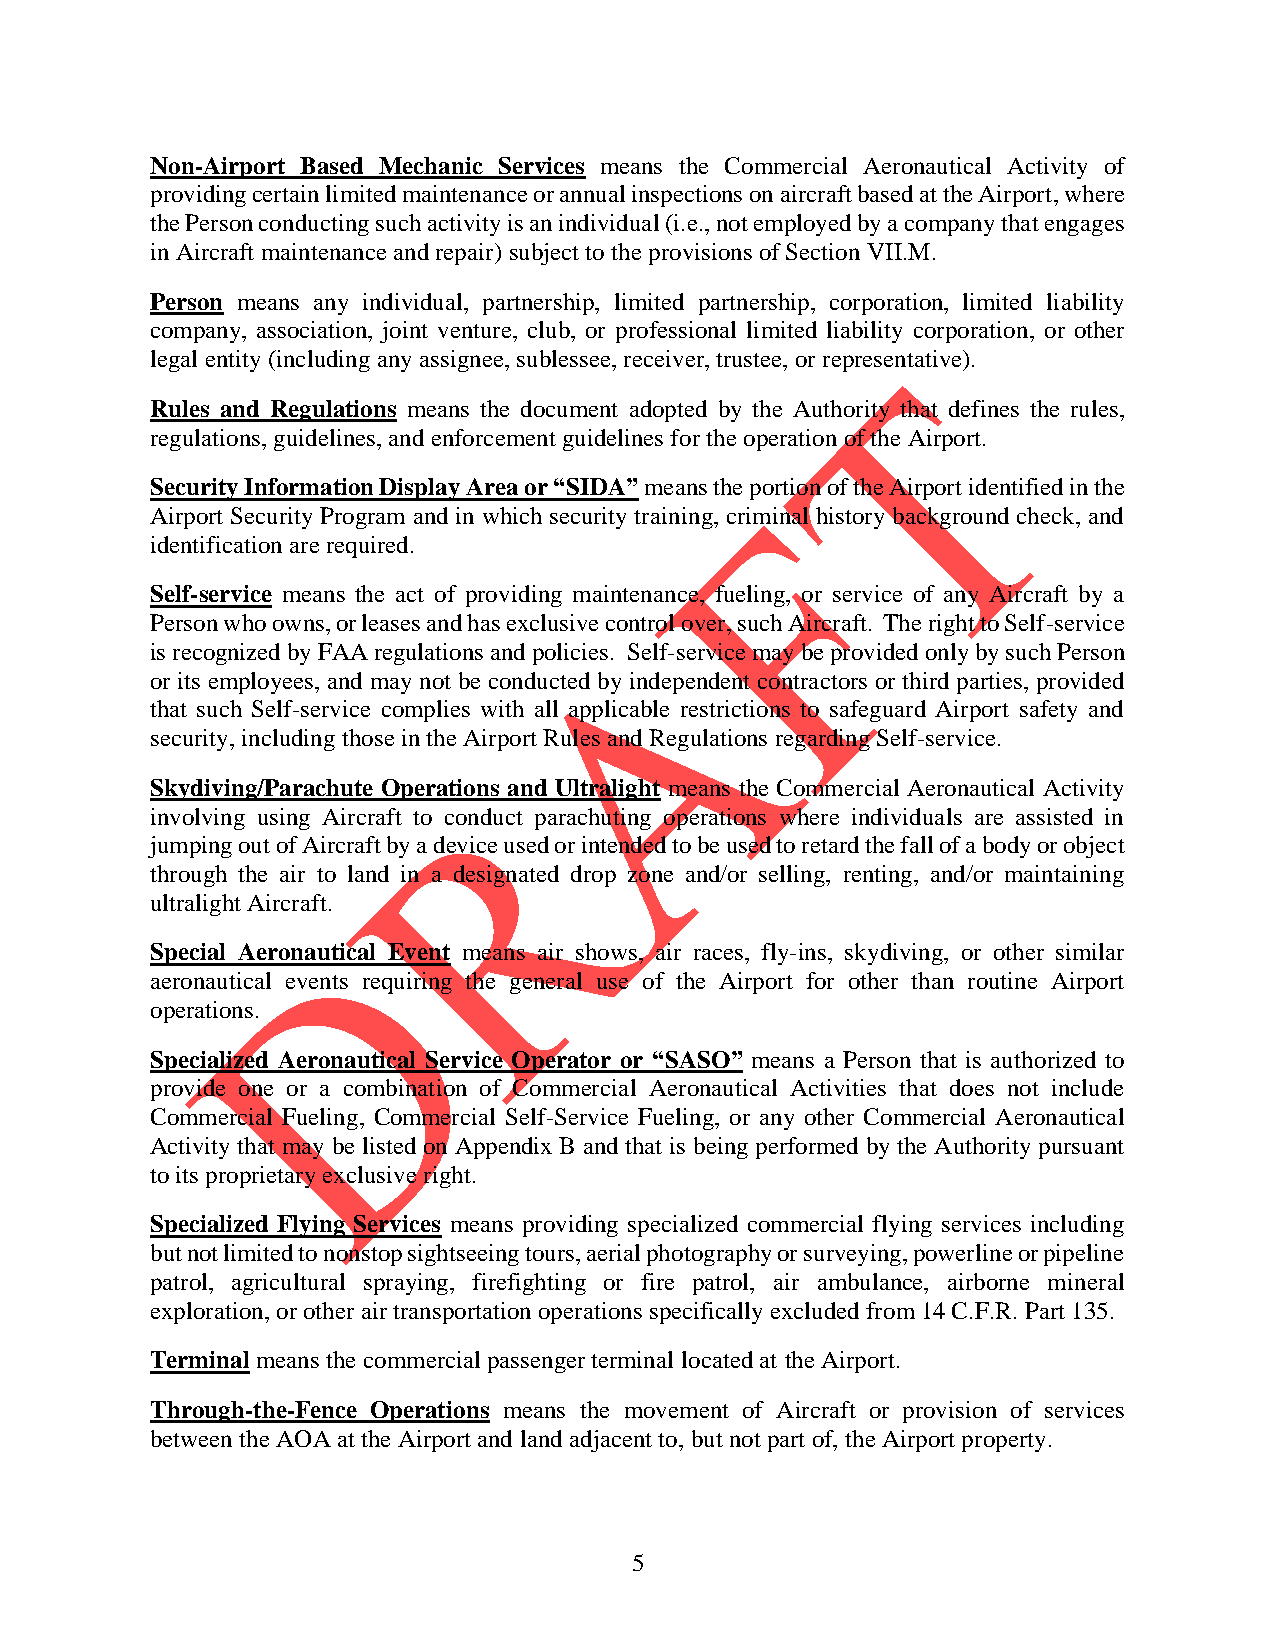
Non-Airport Based Mechanic Services means the Commercial Aeronautical Activity of
 providing certain limited maintenance or annual inspections on aircraft based at the Airport, where
 the Person conducting such activity is an individual (i.e., not employed by a company that engages
 in Aircraft maintenance and repair) subject to the provisions of Section VII.M.
 Person means any individual, partnership, limited partnership, corporation, limited liability
 company, association, joint venture, club, or professional limited liability corporation, or other
 legal entity (including any assignee, sublessee, receiver, trustee, or representative).
 Rules and Regulations means the document adopted by the Authority that defines the rules,
 regulations, guidelines, and enforcement guidelines for the operation of the Airport.
 Security Information Display Area or “SIDA” means the portion of the Airport identified in the
 Airport Security Program and in which security training, criminal history background check, and
 identification are required.
 Self-service means the act of providing maintenance, fueling, or service of any Aircraft by a
 Person who owns, or leases and has exclusive control over, such Aircraft. The right to Self-service
 is recognized by FAA regulations and policies. Self-service may be provided only by such Person
 or its employees, and may not be conducted by independent contractors or third parties, provided
 that such Self-service complies with all applicable restrictions to safeguard Airport safety and
 security, including those in the Airport Rules and Regulations regarding Self-service.
 Skydiving/Parachute Operations and Ultralight means the Commercial Aeronautical Activity
 involving using Aircraft to conduct parachuting operations where individuals are assisted in
 jumping out of Aircraft by a device used or intended to be used to retard the fall of a body or object
 through the air to land in a designated drop zone and/or selling, renting, and/or maintaining
 ultralight Aircraft.
 Special Aeronautical Event means air shows, air races, fly-ins, skydiving, or other similar
 aeronautical events requiring the general use of the Airport for other than routine Airport
 operations.
 Specialized Aeronautical Service Operator or “SASO” means a Person that is authorized to
 provide one or a combination of Commercial Aeronautical Activities that does not include
 Commercial Fueling, Commercial Self-Service Fueling, or any other Commercial Aeronautical
 Activity that may be listed on Appendix B and that is being performed by the Authority pursuant
 to its proprietary exclusive right.
 Specialized Flying Services means providing specialized commercial flying services including
 but not limited to nonstop sightseeing tours, aerial photography or surveying, powerline or pipeline
 patrol, agricultural spraying, firefighting or fire patrol, air ambulance, airborne mineral
 exploration, or other air transportation operations specifically excluded from 14 C.F.R. Part 135.
 Terminal means the commercial passenger terminal located at the Airport.
 Through-the-Fence Operations means the movement of Aircraft or provision of services
 between the AOA at the Airport and land adjacent to, but not part of, the Airport property.
 5